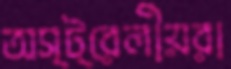
অস্ট্রেলীয়রা